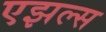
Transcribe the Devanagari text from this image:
एझल्स